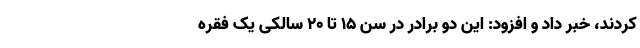
کردند، خبر داد و افزود: این دو برادر در سن ۱۵ تا ۲۰ سالکی یک فقره